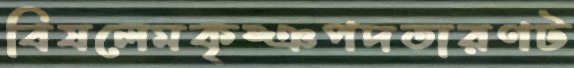
বিষলেমকৃষ্ঞপদতারণট